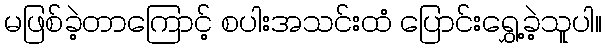
မဖြစ်ခဲ့တာကြောင့် စပါးအသင်းထံ ပြောင်းရွှေ့ခဲ့သူပါ။